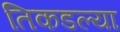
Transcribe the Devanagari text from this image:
तिकडल्या